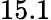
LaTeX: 15.1